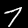
Label: 7